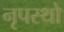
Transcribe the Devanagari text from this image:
नृपस्थो